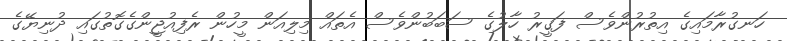
ހަނގުރާމައިގެ އިތުރުންވެސް ފަގީރު ހާލުގެ ސަބަބުންވެސް އެތައް މިލިއަން މީހުން ރެފިއުޖީންގެގޮތުގައި ދުނިޔޭގެ